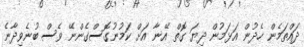
ދައްތަމެން ހެދުން އަޅަމުން ދިޔަ ގޮތް އޭނާ އަށް ކަމުނުގޮސްގެންނޭ ވެސް ބުނެވިދާނެ